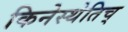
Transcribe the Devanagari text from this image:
किनेस्थेतिच्